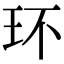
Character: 环